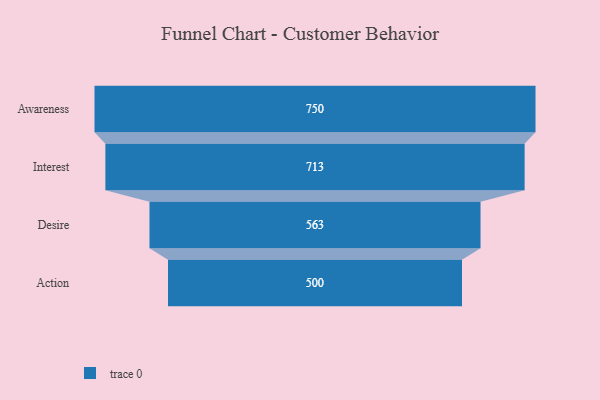
{"axis": {"x": "Stage", "y": "Value"}, "legend": [""], "data": [{"x": "Awareness", "y": 750.0, "type": ""}, {"x": "Interest", "y": 713.0, "type": ""}, {"x": "Desire", "y": 563.0, "type": ""}, {"x": "Action", "y": 500, "type": ""}]}